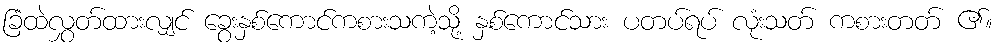
ခြံထဲလွှတ်ထားလျှင် ခွေးနှစ်ကောင်ကစားသကဲ့သို့ နှစ်ကောင်သား ပတပ်ရပ် လုံးသတ် ကစားတတ် ၏။